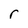
Character: r